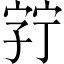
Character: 𫳘